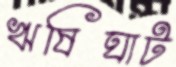
ঋষিঘাট